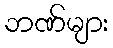
ဘဏ်များ